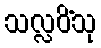
သလ္လပိံသု